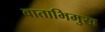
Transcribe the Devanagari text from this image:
वाताभिमुख